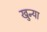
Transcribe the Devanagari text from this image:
खुन्या